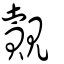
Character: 覿